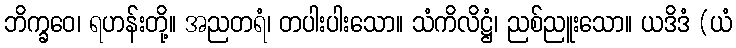
ဘိက္ခဝေ၊ ရဟန်းတို့။ အညတရံ၊ တပါးပါးသော။ သံကိလိဋ္ဌံ၊ ညစ်ညူးသော။ ယဒိဒံ (ယံ